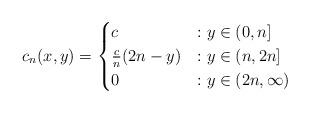
LaTeX: \begin{align*}c_n(x,y) = \begin{cases}c &: y \in (0,n]\\\frac{c}{n}(2n-y) &: y \in (n, 2n]\\0 &: y \in (2n, \infty)\end{cases}\end{align*}